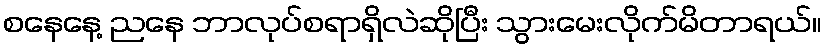
စနေနေ့ ညနေ ဘာလုပ်စရာရှိလဲဆိုပြီး သွားမေးလိုက်မိတာရယ်။